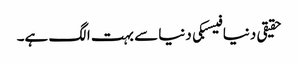
حقیقی دنیا فیسبکی دنیا سے بہت الگ ہے۔